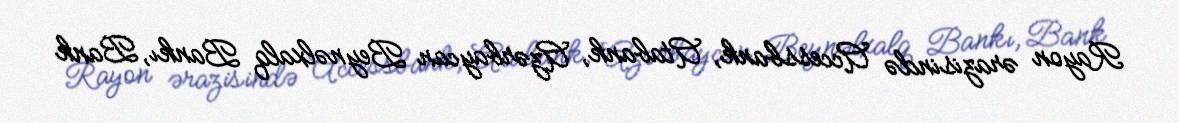
Rayon ərazisində Accessbank, Atabank, Azərbaycan Beynəlxalq Bankı, Bank